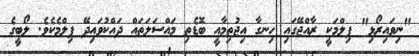
"ނިވައިރޯޅި" ފިލްމަކީ ރާއްޖޭގައި ހިނގާ އިޖުތިމާއީ ބޮޑެތި މައްސަލަތައް ދައްކުވައިދޭ ފިލްމެކެވެ. ލޯބީގެ